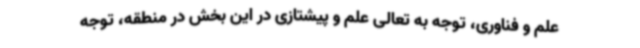
علم و فناوری، توجه به تعالی علم و پیشتازی در این بخش در منطقه، توجه